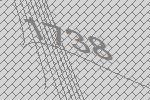
1738